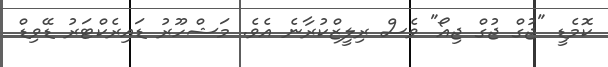
ކޮމެޑީ "ޖުގް ޖުގް ޖިއޯ" ވެސް ރިލީޒްކުރާނެ އެވެ. މަޝްހޫރު ޑައިރެކްޓަރު ޑޭވިޑް